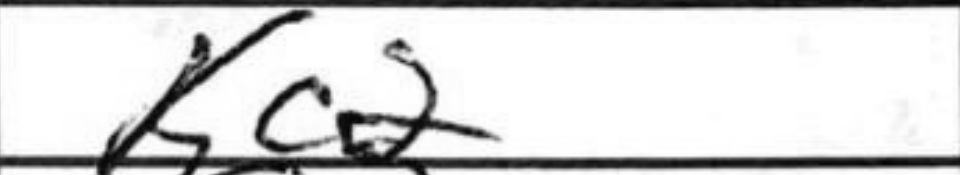
Transcription: Kc2